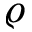
\varrho